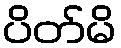
ပိတ်မိ